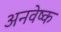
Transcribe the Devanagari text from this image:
अनवेष्क